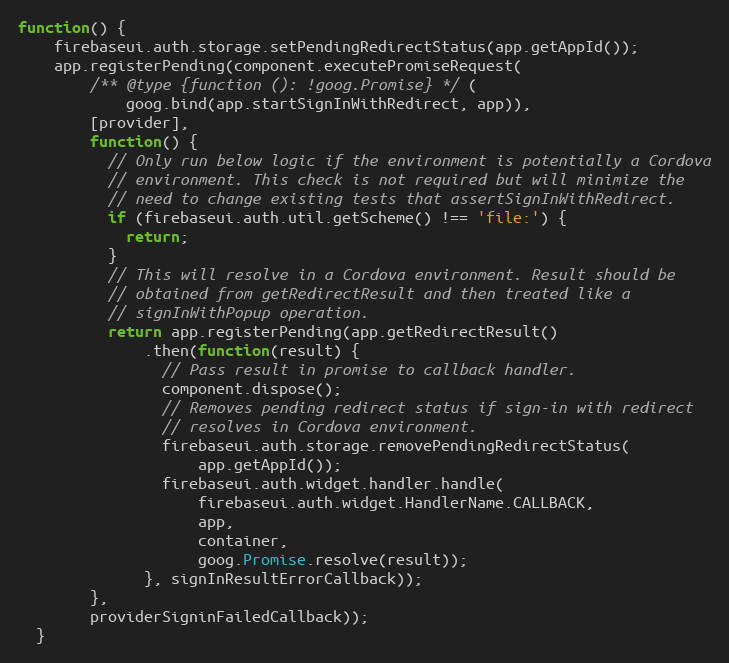
Language: JavaScript
function() {
    firebaseui.auth.storage.setPendingRedirectStatus(app.getAppId());
    app.registerPending(component.executePromiseRequest(
        /** @type {function (): !goog.Promise} */ (
            goog.bind(app.startSignInWithRedirect, app)),
        [provider],
        function() {
          // Only run below logic if the environment is potentially a Cordova
          // environment. This check is not required but will minimize the
          // need to change existing tests that assertSignInWithRedirect.
          if (firebaseui.auth.util.getScheme() !== 'file:') {
            return;
          }
          // This will resolve in a Cordova environment. Result should be
          // obtained from getRedirectResult and then treated like a
          // signInWithPopup operation.
          return app.registerPending(app.getRedirectResult()
              .then(function(result) {
                // Pass result in promise to callback handler.
                component.dispose();
                // Removes pending redirect status if sign-in with redirect
                // resolves in Cordova environment.
                firebaseui.auth.storage.removePendingRedirectStatus(
                    app.getAppId());
                firebaseui.auth.widget.handler.handle(
                    firebaseui.auth.widget.HandlerName.CALLBACK,
                    app,
                    container,
                    goog.Promise.resolve(result));
              }, signInResultErrorCallback));
        },
        providerSigninFailedCallback));
  }